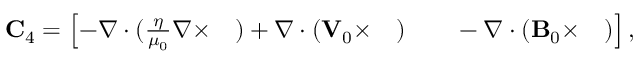
\begin{array} { r } { \mathbf { C } _ { 4 } = \left[ - \nabla \cdot ( \frac { \eta } { \mu _ { 0 } } \nabla \times \quad ) + \nabla \cdot ( { \mathbf V } _ { 0 } \times \quad ) \qquad - \nabla \cdot ( { \mathbf B } _ { 0 } \times \quad ) \right] , } \end{array}